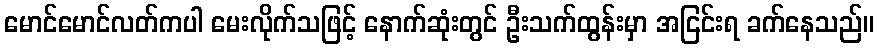
မောင်မောင်လတ်ကပါ မေးလိုက်သဖြင့် နောက်ဆုံးတွင် ဦးသက်ထွန်းမှာ အငြင်းရ ခက်နေသည်။